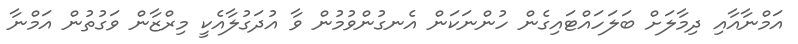
އަމްނާއާއި ދިމާލަށް ބަލަހައްޓައިގެން ހުންނަކަން އެނގުންވުމުން ވާ އުދަގުލާއެކީ މިރްޒާން ވަގުތުން އަމްނާ